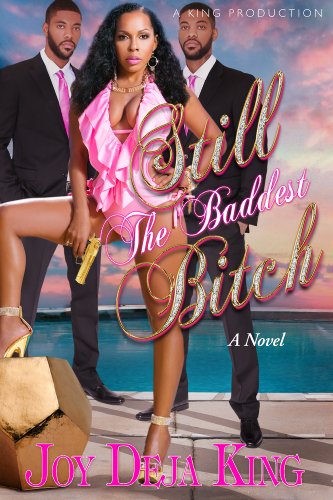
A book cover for Still The Baddest Bitch (Bitch Series); Joy Deja King; Literature & Fiction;